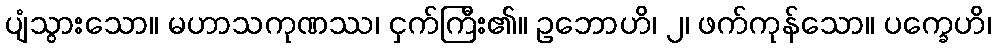
ပျံသွားသော။ မဟာသကုဏဿ၊ ငှက်ကြီး၏။ ဥဘောဟိ၊ ၂၊ ဖက်ကုန်သော။ ပက္ခေဟိ၊